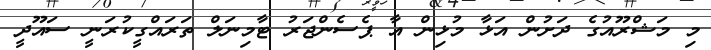
މި މަޝްރޫއުގެ ދަށުން އަޅާ މުޅިން އާ ޕެސެންޖަރު ޓާމިނަލް ތަަރައްގީކުރަނީ ސައޫދީ